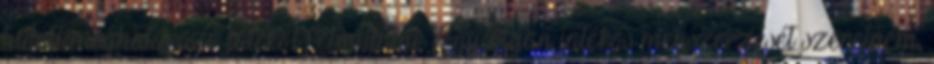
tudott meghatározó játékot felmutatni. Egy olyan játékos megszerzését szeretném,